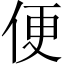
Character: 便